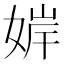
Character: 婩